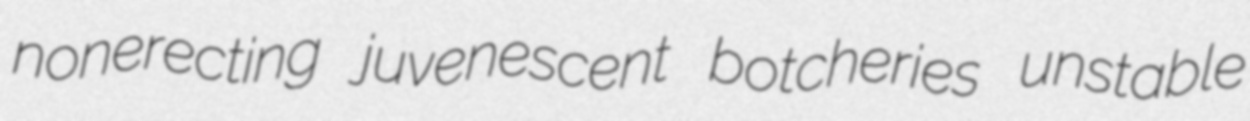
nonerecting juvenescent botcheries unstable